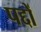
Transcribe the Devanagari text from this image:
पद्दों